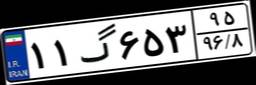
۱۱گ۶۵۳۹۵